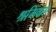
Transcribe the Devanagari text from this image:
श्रमिकए